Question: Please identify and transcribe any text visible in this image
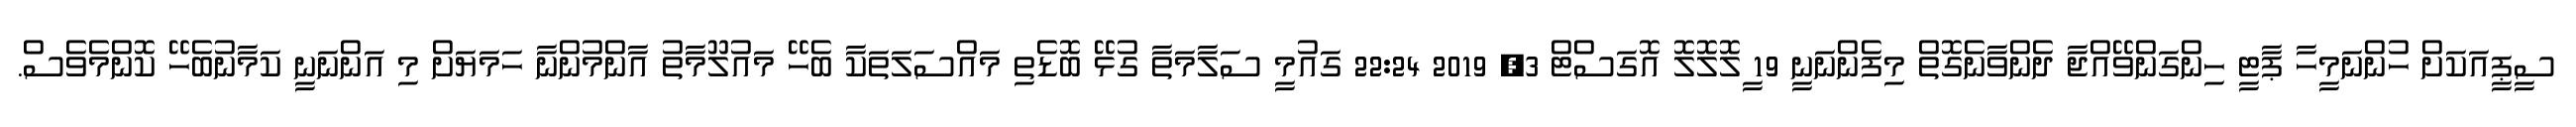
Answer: ސީޕީއަކަށް ހުންނަމީހާ ޕާޓީ ހިންގަންވޭއްޖާ ދެންވާނެގޮތް މިފެންނަނީ 19 ީލޮލޮލޮ އޮގަސްޓް 3, 2019 22:24 ގައުމީ ސަލާމަތާ ގުޅޭ ބޮޑެތި މައްސަލަތަކާ ބެހޭ މައުލޫމާތު އާންމުންނާ ހަމަޔަށް މި އަންނަނީ ކަމާނުބެހޭ ކޮންމެވެސް.